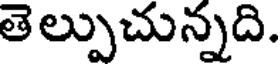
తెల్పుచున్నది.